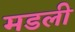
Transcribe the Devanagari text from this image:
मडली